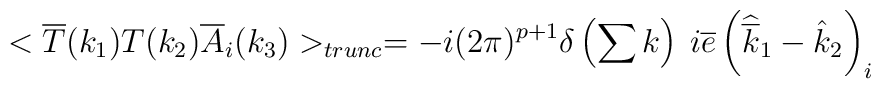
<\overline{T}(k_{1})T(k_{2})\overline{A}_{i}(k_{3})>_{trunc}=-i(2\pi )^{p+1}\delta \left( \sum k\right) \: i\overline{e}\left( \widehat{\overline{k}}_{1}-\hat{k}_{2}\right) _{i}